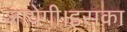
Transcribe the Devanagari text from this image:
जायेगी।इसका